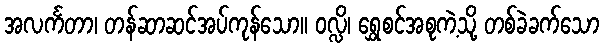
အလင်္ကတာ၊ တန်ဆာဆင်အပ်ကုန်သော။ ဝလ္လိ၊ ရွှေစင်အစုကဲ့သို့ တစ်ခဲခက်သော